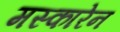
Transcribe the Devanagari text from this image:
मस्कारेन